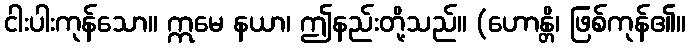
ငါးပါးကုန်သော။ ဣမေ နယာ၊ ဤနည်းတို့သည်။ (ဟောန္တိ၊ ဖြစ်ကုန်၏။